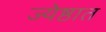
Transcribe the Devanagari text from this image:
ज्येष्ठात